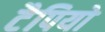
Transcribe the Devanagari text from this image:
टैपियो